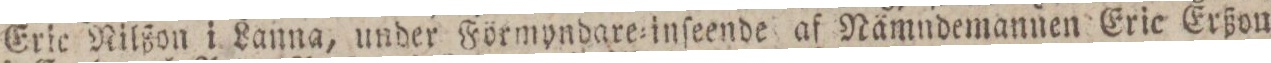
Eric Nilßon i Lanna, under Förmyndare=inſeende af Nämndemannen Eric Erßon